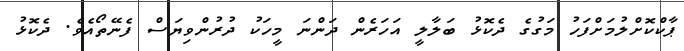
ޕާކްކޮށްލުމަށްފަހު މަގުގެ ދެކޮޅު ބަލާލީ އަހަރެން ދަންނަ މީހަކު ދުރުންވިޔަސް ފެނޭތޯއެވެ. ދެކޮޅު